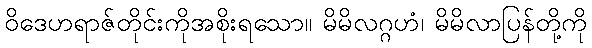
ဝိဒေဟရာဇ်တိုင်းကိုအစိုးရသော။ မိမိလဂ္ဂဟံ၊ မိမိလာပြန်တို့ကို